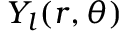
Y _ { l } ( r , \theta )